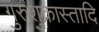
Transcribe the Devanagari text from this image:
गुरुशुक्रास्तादि